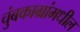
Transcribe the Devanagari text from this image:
चुंबकाग्रांमधील